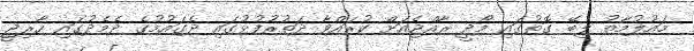
މައުލުމާތު ލިބޭ ގޮތުގައި މޯދީ ރާއްޖެއަށް ކުރައްވާ ދަތުރުފުޅުގައި ދެގައުމުގެ ދެމެދުގައި ހާރިޖީ